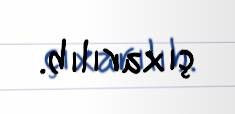
çıxarılıb.